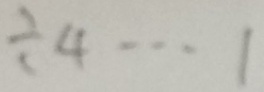
\div 4 \cdots 1